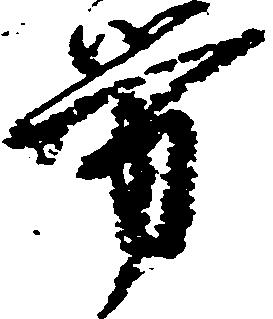
労